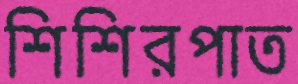
শিশিরপাত